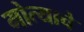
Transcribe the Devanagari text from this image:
मोत्याचे